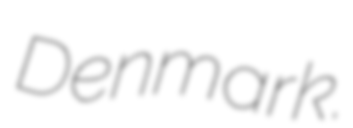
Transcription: Denmark.